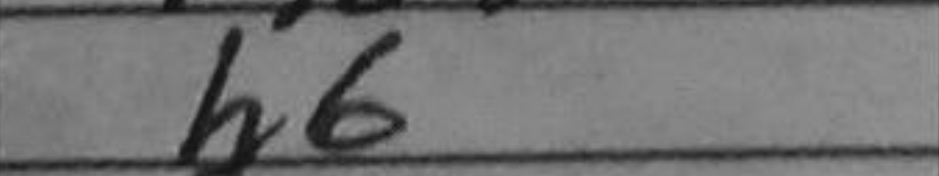
Transcription: h6